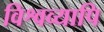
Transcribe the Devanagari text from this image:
विश्वव्यापि